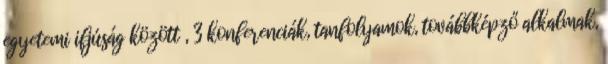
egyetemi ifjúság között , 3 konferenciák, tanfolyamok, továbbképző alkalmak,